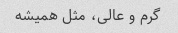
گرم و عالی، مثل همیشه